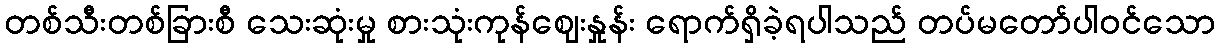
တစ်သီးတစ်ခြားစီ သေးဆုံးမှု စားသုံးကုန်ဈေးနှုန်း ရောက်ရှိခဲ့ရပါသည် တပ်မတော်ပါဝင်သော